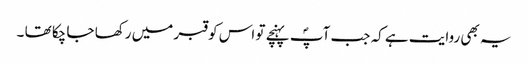
یہ بھی روایت ہے کہ جب آپؐ پہنچے تو اس کو قبر میں رکھا جا چکا تھا ۔